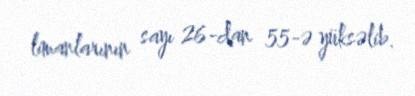
limanlarının sayı 26-dan 55-ə yüksəlib.